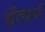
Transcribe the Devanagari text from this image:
ईत्यर्थ